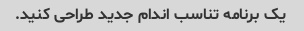
یک برنامه تناسب اندام جدید طراحی کنید.